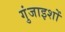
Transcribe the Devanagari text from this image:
गुंजाइशों